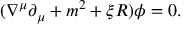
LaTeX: ( \nabla ^ { \mu } \partial _ { \mu } + m ^ { 2 } + \xi R ) \phi = 0 .